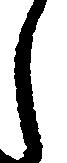
し